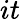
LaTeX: it